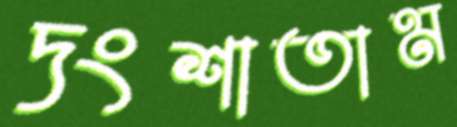
দংশাতাম